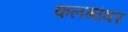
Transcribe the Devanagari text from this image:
कलमांवर